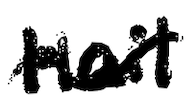
Text: Hail
Cross-out: wave
Writing tool: digital_black